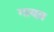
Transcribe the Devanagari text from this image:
गायब़